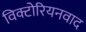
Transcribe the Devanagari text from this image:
विक्टोरियनवाद